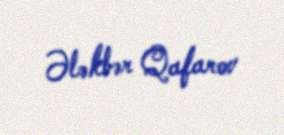
Ələkbər Qafarov